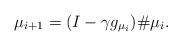
LaTeX: \begin{align*} \mu_{i+1} = (I - \gamma g_{\mu_i})\# \mu_i. \end{align*}